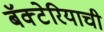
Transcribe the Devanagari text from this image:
बॅक्टेरियाची